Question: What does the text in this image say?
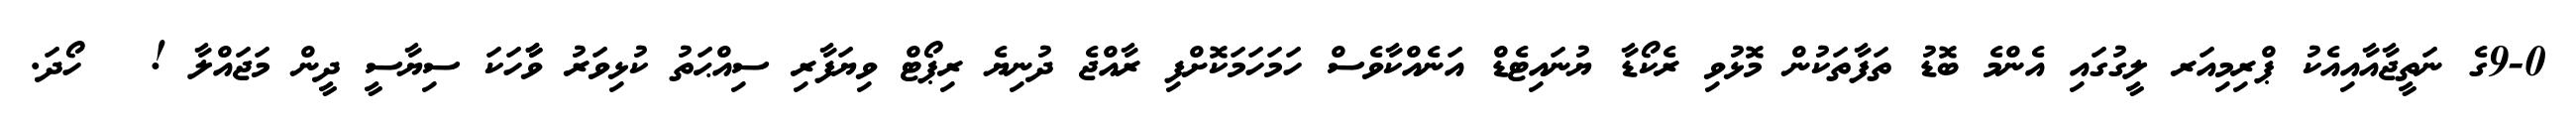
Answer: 9-0ގެ ނަތީޖާއާއިއެކު ޕްރިމިއަރ ލީގުގައި އެންމެ ބޮޑު ތަފާތަކުން މޮޅުވި ރެކޯޑާ ޔުނައިޓެޑް އަނެއްކާވެސް ހަމަހަމަކޮށްފި ރާއްޖެ ދުނިޔެ ރިޕޯޓް ވިޔަފާރި ސިއްޙަތު ކުޅިވަރު ވާާހަކަ ސިޔާސީ ދީން މަޖައްލާ ! ? ހޯދަ.